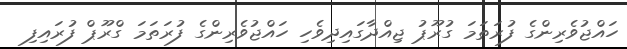
ހައްޖުވެރިންގެ ފުރަތަމަ ގުރޫޕު ޖިއްދާގައިދިވެހި ހައްޖުވެރިންގެ ފުރަތަމަ ގްރޫޕް ފުރައިފި